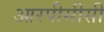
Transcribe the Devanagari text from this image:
आरपीसीसी